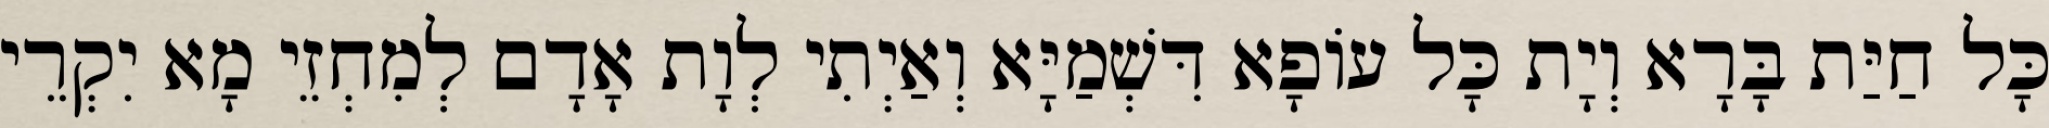
כָּל חַיַּת בָּרָא וְיָת כָּל עוֹפָא דִּשְׁמַיָּא וְאַיְתִי לְוָת אָדָם לְמִחְזֵי מָא יִקְרֵי